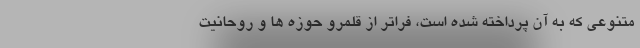
متنوعی که به آن پرداخته شده است، فراتر از قلمرو حوزه ها و روحانیت